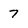
Character: 7